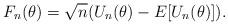
LaTeX: \begin{align*}F_n(\theta)=\sqrt{n}(U_n(\theta)-E[U_n(\theta)]).\end{align*}